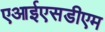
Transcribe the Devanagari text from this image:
एआईएसडीएम